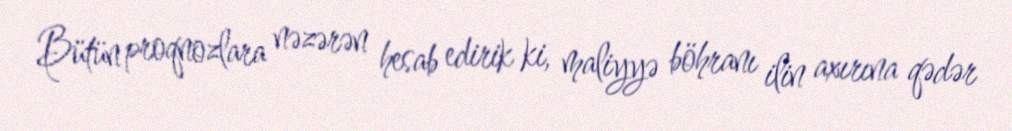
Bütün proqnozlara nəzərən hesab edirik ki, maliyyə böhranı ilin axırına qədər